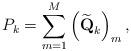
LaTeX: \begin{align*}P_k=\sum_{m=1}^M \left(\widetilde{\textbf{Q}}_k\right)_{m},\end{align*}